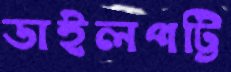
ডাইলপট্টি